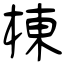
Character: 棟